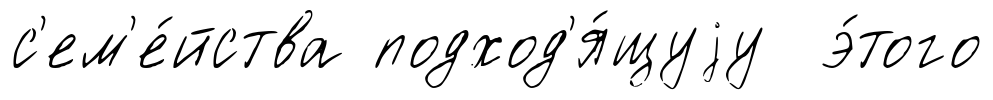
с'ем'е́йства подход'я́щуjу э́того